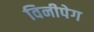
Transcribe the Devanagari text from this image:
विनीपेग